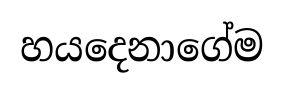
හයදෙනාගේම